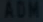
AOM